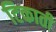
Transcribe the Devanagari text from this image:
टिकाती